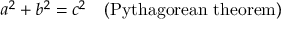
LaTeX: \displaystyle a ^ { 2 } + b ^ { 2 } = c ^ { 2 } \quad ( { \mathrm { P y t h a g o r e a n ~ t h e o r e m } } )